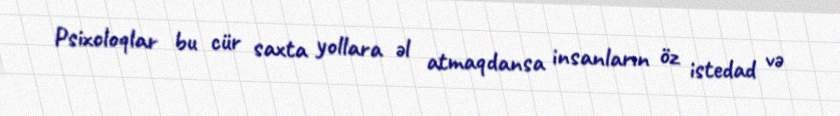
Psixoloqlar bu cür saxta yollara əl atmaqdansa insanların öz istedad və